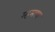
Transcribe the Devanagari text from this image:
म्हमद्या